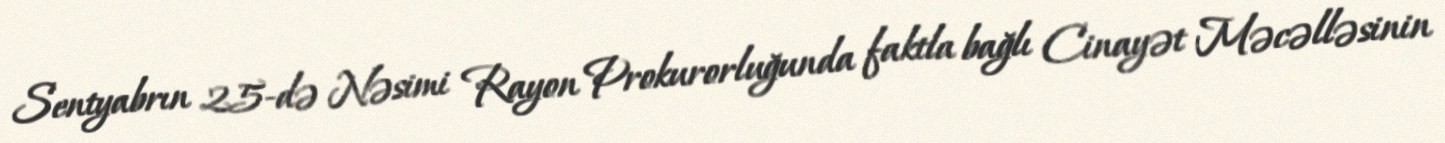
Sentyabrın 25-də Nəsimi Rayon Prokurorluğunda faktla bağlı Cinayət Məcəlləsinin